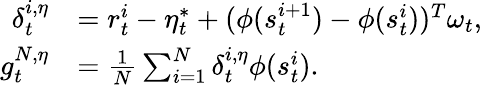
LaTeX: \begin{array}{rl}{\delta_{t}^{i,\eta}}&{=r_{t}^{i}-\eta_{t}^{*}+(\phi(s_{t}^{i+1})-\phi(s_{t}^{i}))^{T}\omega_{t},}\\ {g_{t}^{N,\eta}}&{=\frac{1}{N}\sum_{i=1}^{N}\delta_{t}^{i,\eta}\phi(s_{t}^{i}).}\end{array}